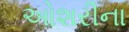
ઓશરીના